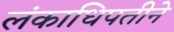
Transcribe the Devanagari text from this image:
लंकाधिपतीने